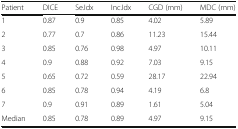
<table><thead><tr><td><b>Patient</b></td><td><b>DICE</b></td><td><b>Se.Idx</b></td><td><b>Inc.Idx</b></td><td><b>CGD (mm)</b></td><td><b>MDC (mm)</b></td></tr></thead><tbody><tr><td>1</td><td>0.87</td><td>0.9</td><td>0.85</td><td>4.02</td><td>5.89</td></tr><tr><td>2</td><td>0.77</td><td>0.7</td><td>0.86</td><td>11.23</td><td>15.44</td></tr><tr><td>3</td><td>0.85</td><td>0.76</td><td>0.98</td><td>4.97</td><td>10.11</td></tr><tr><td>4</td><td>0.9</td><td>0.88</td><td>0.92</td><td>7.03</td><td>9.15</td></tr><tr><td>5</td><td>0.65</td><td>0.72</td><td>0.59</td><td>28.17</td><td>22.94</td></tr><tr><td>6</td><td>0.85</td><td>0.78</td><td>0.94</td><td>4.19</td><td>6.8</td></tr><tr><td>7</td><td>0.9</td><td>0.91</td><td>0.89</td><td>1.61</td><td>5.04</td></tr><tr><td>Median</td><td>0.85</td><td>0.78</td><td>0.89</td><td>4.97</td><td>9.15</td></tr></tbody></table>